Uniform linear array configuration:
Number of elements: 8
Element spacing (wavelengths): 0.5
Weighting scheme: kaiser
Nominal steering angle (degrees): -45
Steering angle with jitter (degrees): -46.361
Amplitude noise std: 0.05
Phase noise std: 0.05

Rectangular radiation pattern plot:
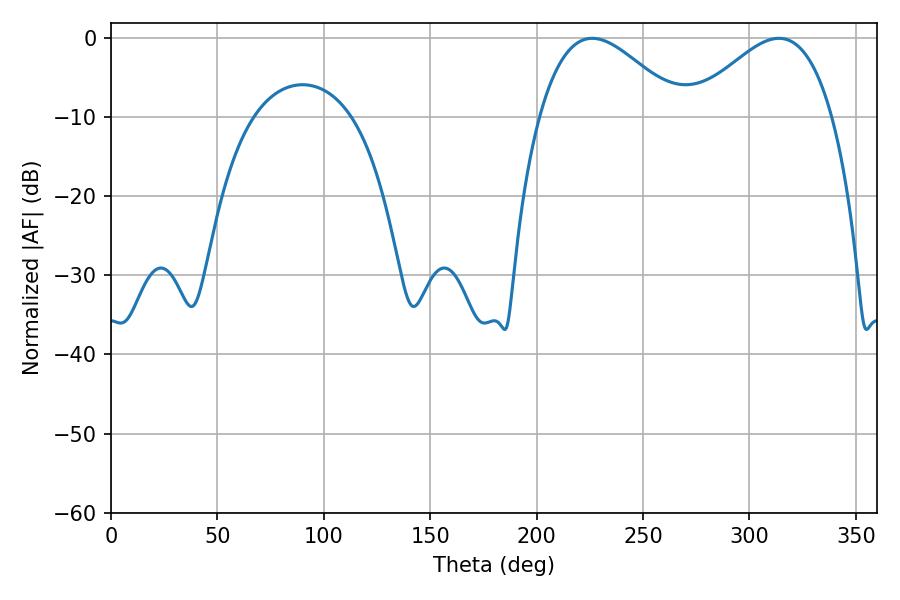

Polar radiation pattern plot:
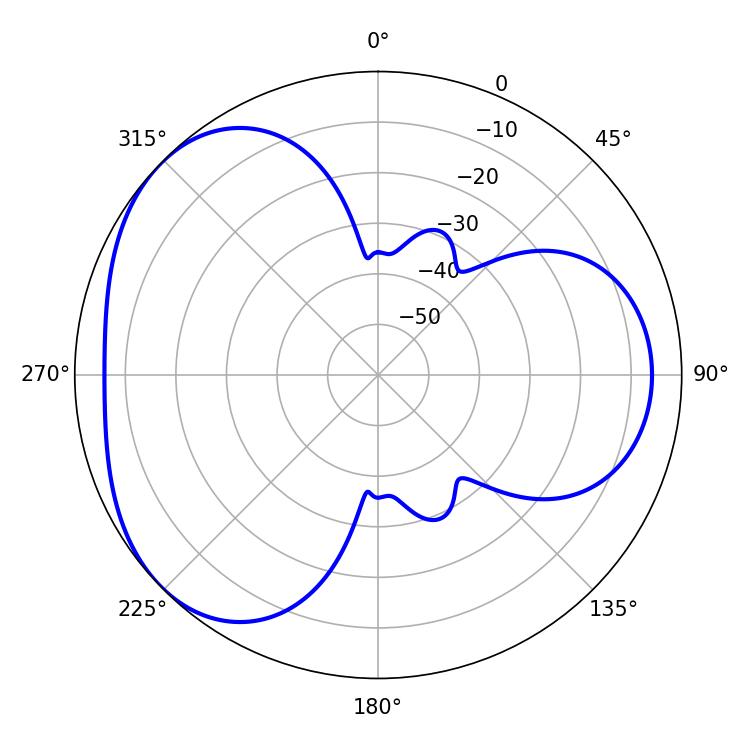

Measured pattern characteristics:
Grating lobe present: FALSE
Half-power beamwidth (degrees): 36
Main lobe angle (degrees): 226.08